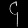
Digit: ၄